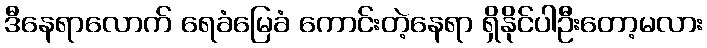
ဒီနေရာလောက် ရေခံမြေခံ ကောင်းတဲ့နေရာ ရှိနိုင်ပါဦးတော့မလား